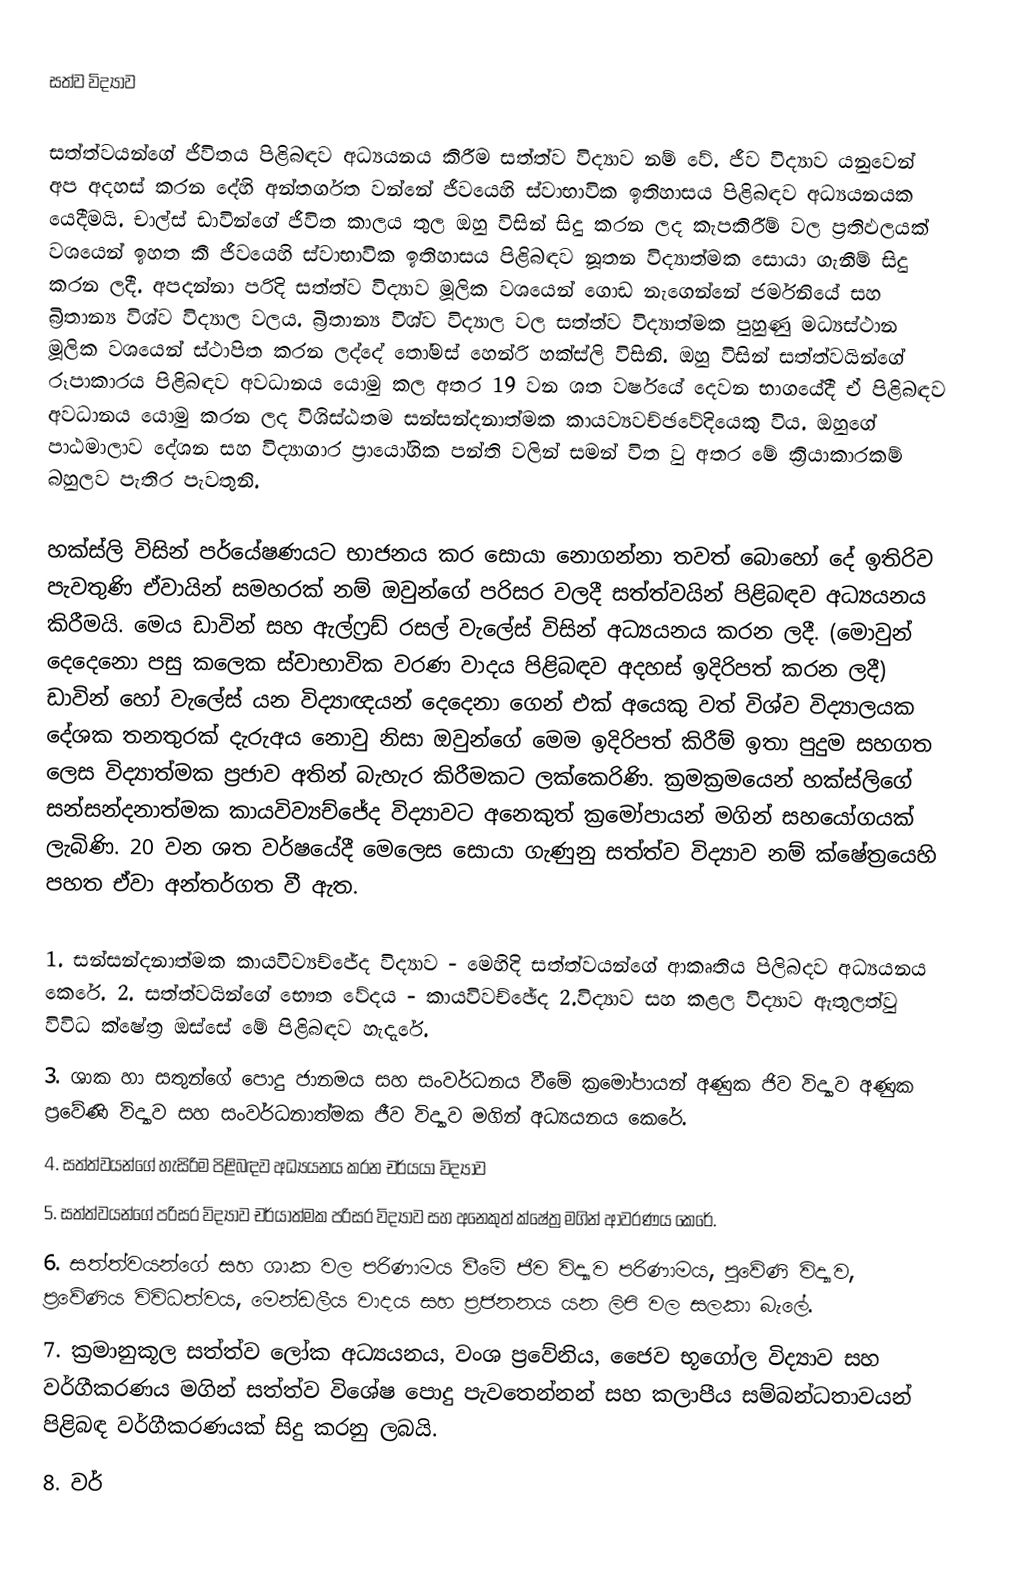
සත්ව විද්‍යාව

සත්ත්වයන්ගේ ජිවිතය පිළිබඳව අධ්‍යයනය කිරීම සත්ත්ව විද්‍යාව නම් වේ. ජීව විද්‍යාව යනුවෙන් අප අදහස් කරන දේහි අන්තර්ගත වන්නේ ජීවයෙහි ස්වාභාවික ඉතිහාසය පිළිබඳව අධ්‍යයනයක යෙදීමයි. චාල්ස් ඩාවින්ගේ ජීවිත කාලය තුල ඔහු විසින් සිදු කරන ලද කැපකිරීම් වල ප්‍රතිඵලයක් වශයෙන් ඉහත කී ජීවයෙහි ස්වාභාවික ඉතිහාසය පිළිබඳව නූතන විද්‍යාත්මක සොයා ගැනීම් සිදු කරන ලදී. අපදන්නා පරිදි සත්ත්ව විද්‍යාව මූලික වශයෙන් ගොඩ නැගෙන්නේ ජර්මනියේ සහ බ්‍රිතාන්‍ය විශ්ව විද්‍යාල වලය. බ්‍රිතාන්‍ය විශ්ව විද්‍යාල වල සත්ත්ව විද්‍යාත්මක පුහුණු මධ්‍යස්ථාන මූලික වශයෙන් ස්ථාපිත කරන ලද්දේ තෝමස් හෙන්රි හක්ස්ලි විසිනි. ඔහු විසින් සත්ත්වයින්ගේ රූපාකාරය පිළිබඳව අවධානය යොමු කල අතර 19 වන ශත වර්ෂයේ දෙවන භාගයේදී ඒ පිළිබඳව අවධානය යොමු කරන ලද විශිස්ඨතම සන්සන්දනාත්මක කායව්‍යවච්ඡවේදියෙකු විය. ඔහුගේ පාඨමාලාව දේශන සහ විද්‍යාගාර ප්‍රායෝගික පන්ති වලින් සමන් විත වු අතර මේ ක්‍රියාකාරකම් බහුලව පැතිර පැවතුනි.

හක්ස්ලි විසින් පර්යේෂණයට භාජනය කර සොයා නොගන්නා තවත් බොහෝ දේ ඉතිරිව පැවතුණි ඒවායින් සමහරක් නම් ඔවුන්ගේ පරිසර වලදී සත්ත්වයින්‍ පිළිබඳව අධ්‍යයනය කිරීමයි. මෙය ඩාවින් සහ ඇල්ෆ්‍රඩ් රසල් වැලේස් විසින් අධ්‍යයනය කරන ලදී. (මොවුන් දෙදෙනො පසු කලෙක ස්වාභාවික වරණ වාදය පිළිබඳව අදහස් ඉදිරිපත් කරන ලදී) ඩාවින් හෝ වැලේස් යන විද්‍යාඥයන් දෙදෙනා ගෙන් එක් අයෙකු වත් විශ්ව විද්‍යාලයක දේශක තනතුරක් දැරුඅය නොවු නිසා ඔවුන්ගේ මෙම ඉදිරිපත් කිරීම් ඉතා පුදුම සහගත ලෙස විද්‍යාත්මක ප්‍රජාව අතින් බැහැර කිරීමකට ලක්කෙ‍රිණි. ක්‍රමක්‍රමයෙන් හක්ස්ලිගේ සන්සන්දනාත්මක කායවිව්‍යච්ජේද විද්‍යාවට අනෙකුත් ක්‍රමෝපායන් මගින් සහයෝගයක් ලැබිණි. 20 වන ශත වර්ෂයේදී මෙලෙස සොයා ගැණුනු සත්ත්ව විද්‍යාව නම් ක්ෂේත්‍රයෙහි පහත ඒවා අන්තර්ගත වී ඇත.

1.	සන්සන්දනාත්මක කායවිව්‍යච්ජේද විද්‍යාව - මෙහිදි සත්ත්වයන්ගේ ආකෘතිය පිලිබදව අධ්‍යයනය කෙරේ. 2.	සත්ත්වයින්ගේ භෞත වේදය - කායවිවච්ඡේද 2.විද්‍යාව සහ කළල විද්‍යාව ඇතුලත්වු විවිධ ක්ෂේත්‍ර ඔස්සේ මේ පිළිබඳව හැදැරේ.
3.	ශාක හා සතුන්ගේ පොදු ජානමය සහ සංවර්ධනය වීමේ ක්‍රමෝපායන් අණුක ජිව විද්‍යාව අණුක ප්‍රවේණි විද්‍යාව සහ සංවර්ධනාත්මක ජීව විද්‍යාව මගින් අධ්‍යයනය කෙරේ.
4.	සත්ත්වයන්ගේ හැසිරිම පිළිබඳව අධ්‍යයනය කරන චර්යයා විද්‍යාව
5.	සත්ත්වයන්ගේ පරිසර විද්‍යාව චර්යාත්මක පරිසර විද්‍යාව සහ අනෙකුත් ක්ෂේත්‍ර මගින් ආවරණය කෙරේ.
6.	සත්ත්වයන්ගේ සහ ශාක වල පරිණාමය වීමේ ජීව විද්‍යාව පරිණාමය, පුවේණි විද්‍යාව, ප්‍රවේණිය විවිධත්වය, මෙන්ඩලීය වාදය සහ ප්‍රජනනය යන ලිපි වල සලකා බැලේ.
7.	ක්‍රමානුකූල සත්ත්ව ලෝක අධ්‍යයනය, වංශ ප්‍රවේනිය, ජෛව භූගෝල විද්‍යාව සහ වර්ගීකරණය මගින් සත්ත්ව විශේෂ පොදු පැවතෙන්නන් සහ කලාපීය සම්බන්ධතාවයන් පිළිබඳ වර්ගීකරණයක් සිදු කරනු ලබයි.
8.	වර්